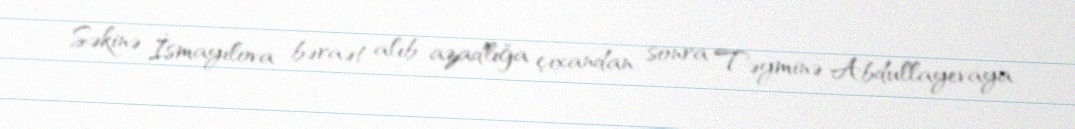
Səkinə İsmayılova bəraət alıb azadlığa çıxandan sonra Təyminə Abdullayevaya